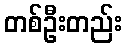
တစ်ဦးတည်း